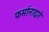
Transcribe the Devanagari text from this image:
फर्मानाद्वारे